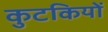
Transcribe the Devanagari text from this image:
कुटकियों